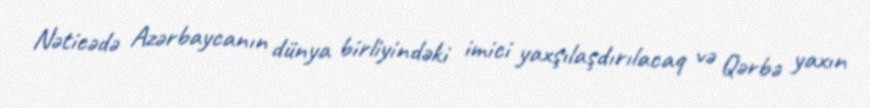
Nəticədə Azərbaycanın dünya birliyindəki imici yaxşılaşdırılacaq və Qərbə yaxın